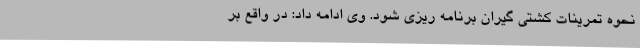
نحوه تمرینات کشتی گیران برنامه ریزی شود. وی ادامه داد: در واقع بر